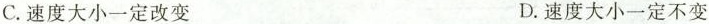
C.速度大小一定改变 D.速度大小一定不变